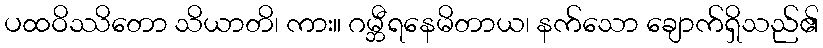
ပထဝိဿိတော သိယာတိ၊ ကား။ ဂမ္ဘီရနေမိတာယ၊ နက်သော ချောက်ရှိသည်၏